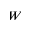
W